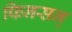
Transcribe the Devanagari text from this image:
फिनसन्‌